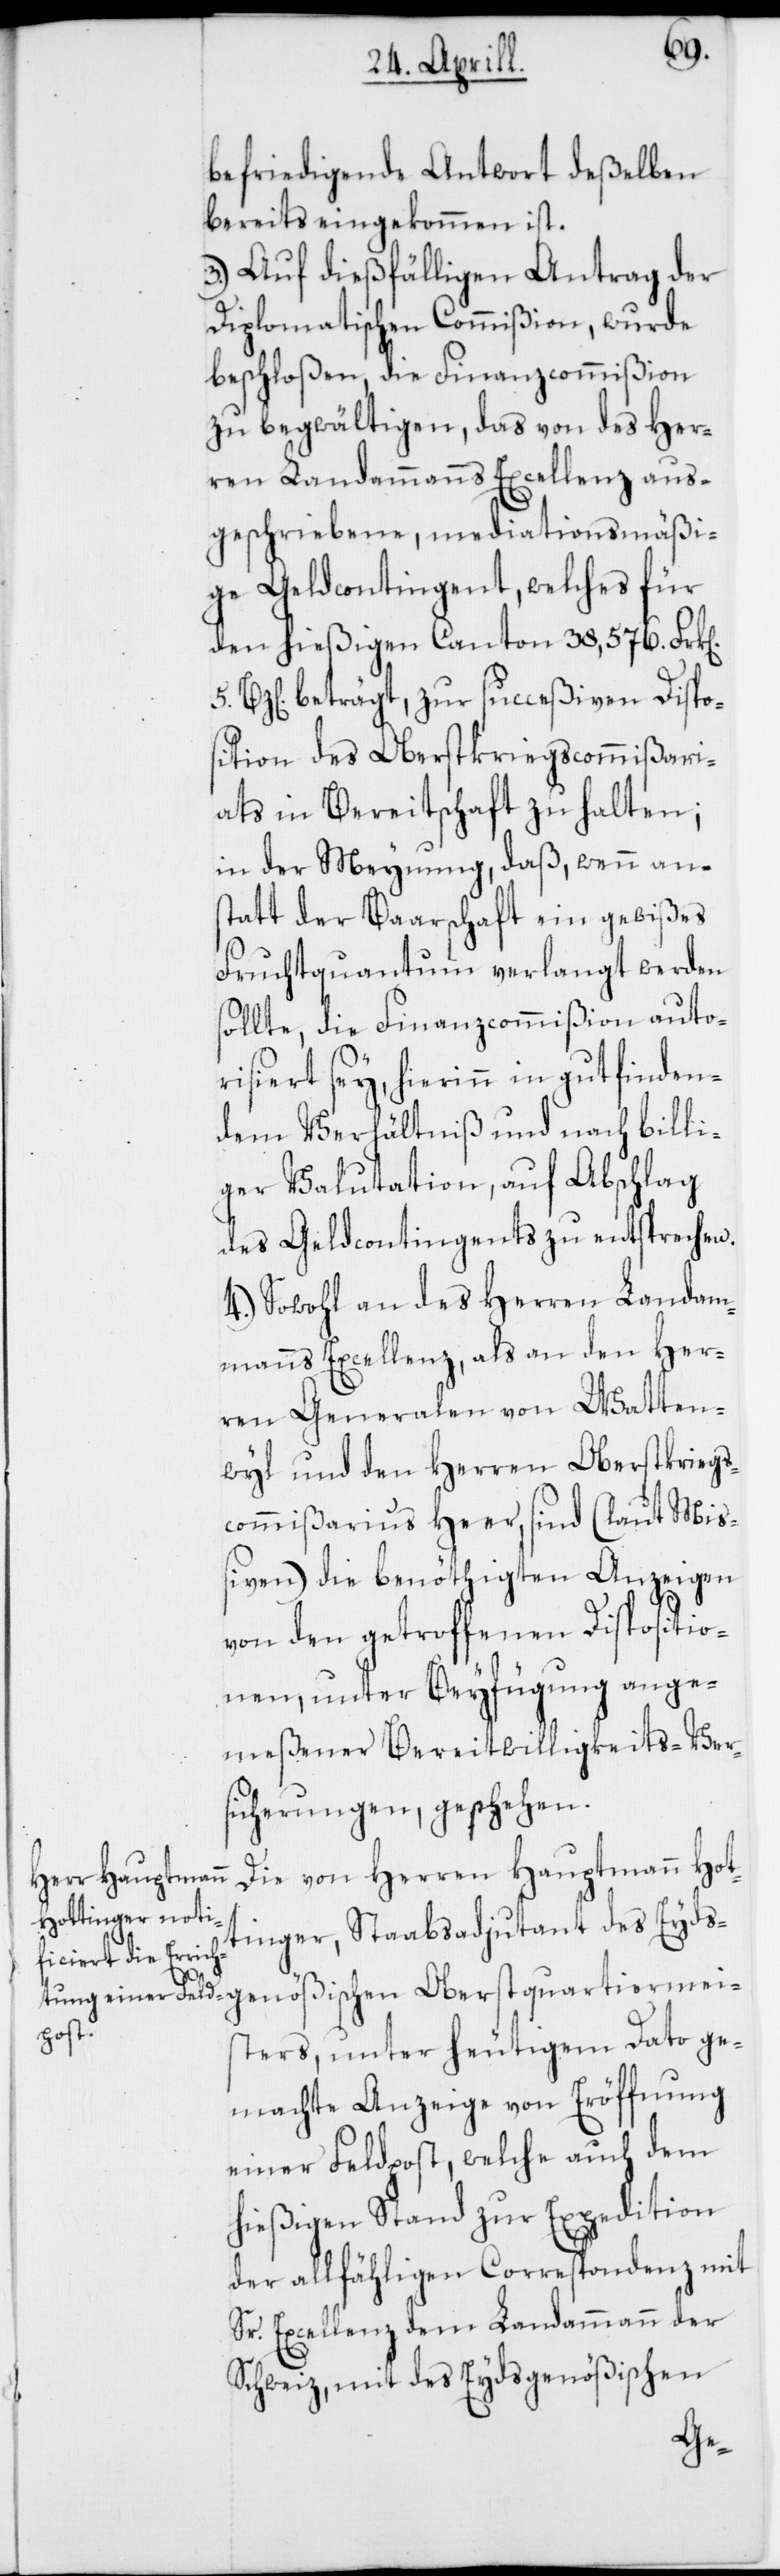
befriedigende Antwort deßelben
bereits eingekommen ist.
3.) Auf dießfälligen Antrag der
Diplomatischen Commißion, wurde
beschloßen, die Finanzcommißion
zu begwältigen, das von des Her¬
ren Landammanns Excellenz aus¬
geschriebene, mediationsmäßi¬
ge Geldcontingent, welches für
den hießigen Canton 38,576 Frk[en].
Bz[en]. beträgt, zur succeßiven Dispo¬
sition des Oberstkriegscommißari¬
ats in Bereitschaft zu halten;
in der Meynung, daß, wenn an¬
statt der Baarschaft ein gewißes
Fruchtquantum verlangt werden
sollte, die Finanzcommißion auto¬
risiert sey, hierin in gut finden¬
dem Verhältniß und nach billi¬
ger Valutation, auf Abschlag
des Geldcontingents zu entsprechen.
4.) Sowohl an des Herren Landam¬
manns Excellenz, als an den Her¬
ren Generalen von Watten¬
wyl und den Herren Oberstkriegs¬
commißarius Heer sind (laut Miß¬
iven) die benöthigten Anzeigen
von den getroffenen Dispositio¬
nen, unter Beyfügung ange¬
meßener Bereitwilligkeits-Ver¬
sicherungen, geschehen.
Die von Herren Hauptmann Hot¬
tinger, Stabsadjudant des Eydsg¬
ermei¬
sters, unter heutigem Dato ge¬
machte Anzeige von Eröffnung
einer Feldpost, welche auch dem
hießigen Stand zur Expedition
der allfähligen Correspondenz mit
Sr. Excellenz dem Landammann der
Schweiz, mit des Eydsgenößischen